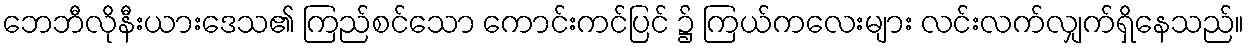
ဘေဘီလိုနီးယားဒေသ၏ ကြည်စင်သော ကောင်းကင်ပြင် ၌ ကြယ်ကလေးများ လင်းလက်လျှက်ရှိနေသည်။